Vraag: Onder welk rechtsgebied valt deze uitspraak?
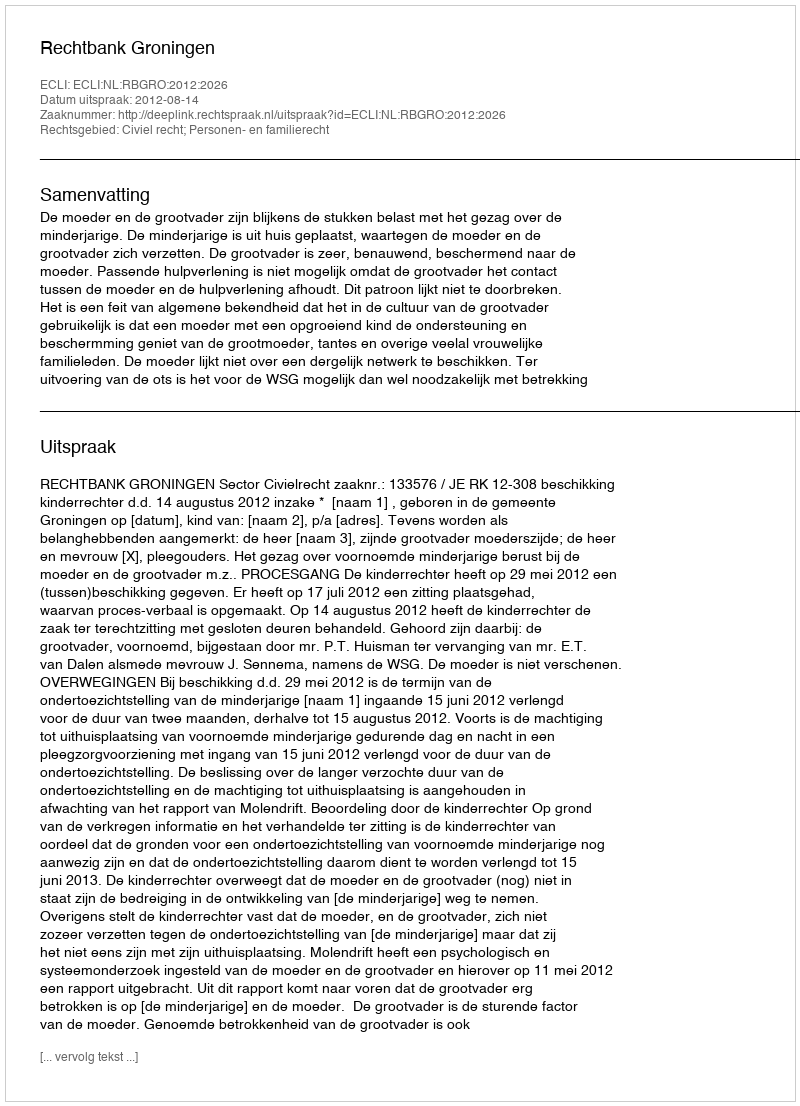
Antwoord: Civiel recht; Personen- en familierecht